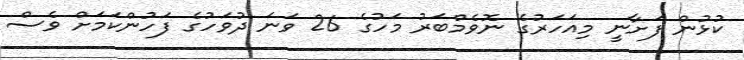
ކުޅުން ފަށާނީ މިއަހަރުގެ ނޮވެމްބަރު މަހުގެ 26 ވަނަ ދުވަހުގެ ފަހުންކަމަށް ވެސް